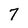
Character: 7